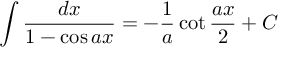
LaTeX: \int { \frac { d x } { 1 - \cos a x } } = - { \frac { 1 } { a } } \cot { \frac { a x } { 2 } } + C